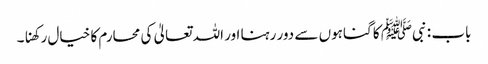
باب : نبیﷺ کا گناہوں سے دور رہنا اور اللہ تعالیٰ کی محارم کا خیال رکھنا۔